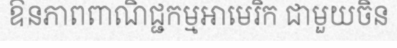
ឱនភាពពាណិជ្ជកម្មអាមេរិក ជាមួយចិន